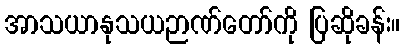
အာသယာနုသယဉာဏ်တော်ကို ပြဆိုခန်း။